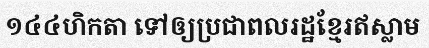
១៤៤ហិកតា ទៅឲ្យប្រជាពលរដ្ឋខ្មែរឥស្លាម